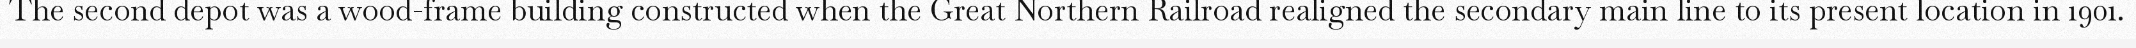
The second depot was a wood-frame building constructed when the Great Northern Railroad realigned the secondary main line to its present location in 1901.